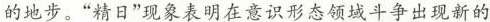
的地步。”精日”现象表明在意识形态领域斗争出现新的